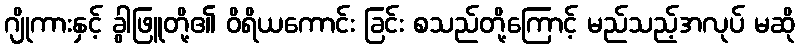
ဂျိုကားနှင့် ခွါဖြူတို့၏ ဝိရိယကောင်း ခြင်း စသည်တို့ကြောင့် မည်သည့်အလုပ် မဆို